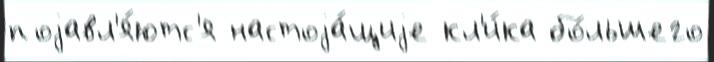
поjавл'я́ютс'я настоjа́щиjе кл'и́ка бо́льшего